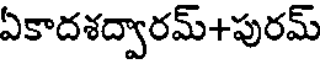
ఏకాదశద్వారమ్+పురమ్